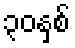
၃၀နှစ်